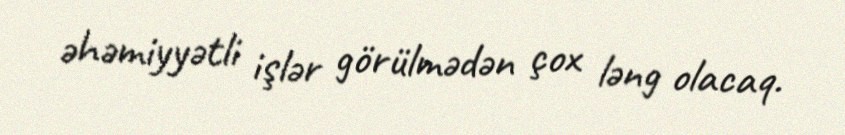
əhəmiyyətli işlər görülmədən çox ləng olacaq.